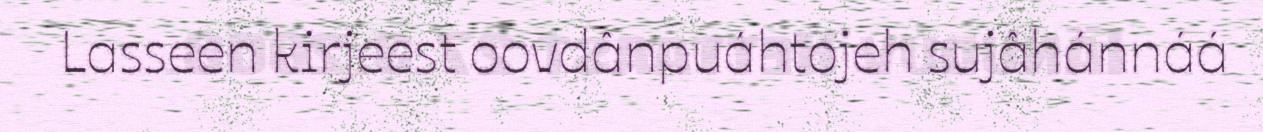
Lasseen kirjeest oovdânpuáhtojeh sujâhánnáá